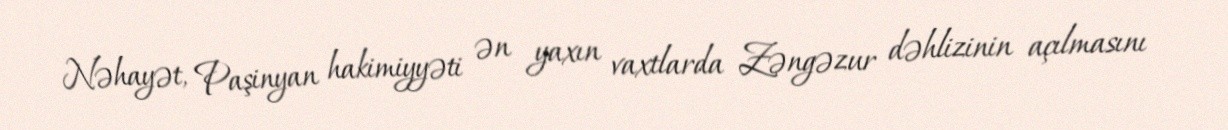
Nəhayət, Paşinyan hakimiyyəti ən yaxın vaxtlarda Zəngəzur dəhlizinin açılmasını